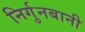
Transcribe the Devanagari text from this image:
निर्गुनबानी